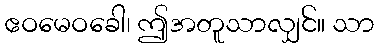
ဧဝမေဝခေါ၊ ဤအတူသာလျှင်။ သာ